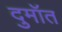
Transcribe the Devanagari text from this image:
दुमॉत